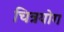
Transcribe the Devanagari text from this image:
चित्रयोग